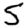
Digit: 5